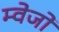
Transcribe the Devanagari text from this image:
म्वेजो